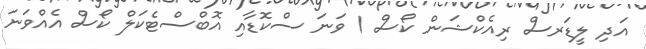
އަދި ލީޑަރސް ރިއެކްޝަން ކޯސް 1 ވަނަ ސްކޮޑާއި އޮބްސްޓެކަލް ކޯސް އެއްވަނަ